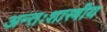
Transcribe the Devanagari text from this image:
अन्तःशास्त्रीय